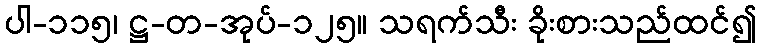
ပါ-၁၁၅၊ ဋ္ဌ-တ-အုပ်-၁၂၅။ သရက်သီး ခိုးစားသည်ထင်၍